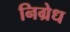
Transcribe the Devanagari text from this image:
निग्रेध